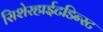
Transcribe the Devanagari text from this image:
सिशेरहाईटडिन्स्ट